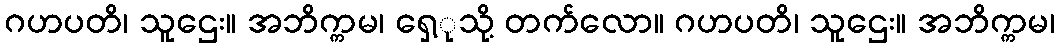
ဂဟပတိ၊ သူဌေး။ အဘိက္ကမ၊ ရှေ့ုသို့ တက်လော။ ဂဟပတိ၊ သူဌေး။ အဘိက္ကမ၊